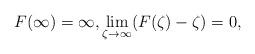
LaTeX: \begin{align*}F(\infty)=\infty, \lim_{\zeta\to\infty}(F(\zeta)-\zeta)=0,\end{align*}